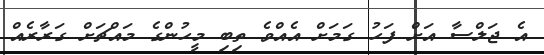
އެ ޖަލްސާ އަށް ފަހު ގަމަށް އެއްވެ ތިބި މީހުންގެ މައްޗަށް ގަރާރެއް